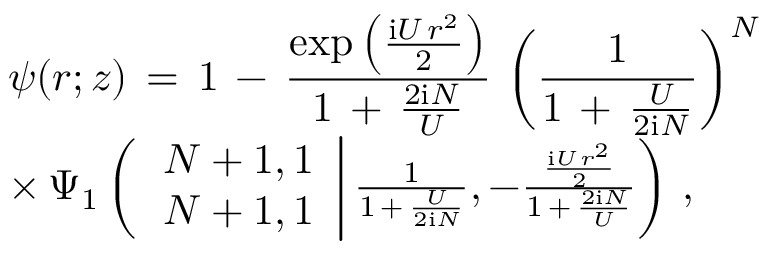
\begin{array} { l } { \displaystyle \psi ( \boldsymbol { r } ; z ) \, = \, 1 \, - \, \frac { \exp \left( \frac { \mathrm { i } U \, r ^ { 2 } } 2 \right) } { 1 \, + \, \frac { 2 \mathrm { i } N } U } \, \left( \frac 1 { 1 \, + \, \frac U { 2 \mathrm { i } N } } \right) ^ { N } \, } \\ { \times \, \Psi _ { 1 } \left( \left. \begin{array} { l } { N + 1 , 1 } \\ { N + 1 , 1 } \end{array} \right| \frac 1 { 1 \, + \, \frac U { 2 \mathrm { i } N } } , - \frac { \frac { \mathrm { i } U \, r ^ { 2 } } 2 } { 1 \, + \, \frac { 2 \mathrm { i } N } U } \right) \, , } \end{array}